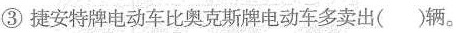
③捷安特牌电动车比奥克斯牌电动车多卖出(辆。